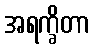
အရက္ခိတာ